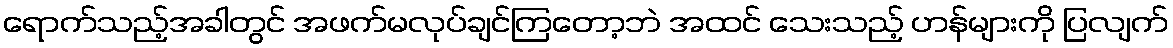
ရောက်သည့်အခါတွင် အဖက်မလုပ်ချင်ကြတော့ဘဲ အထင် သေးသည့် ဟန်များကို ပြလျက်